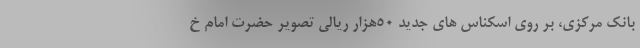
بانک مرکزی، بر روی اسکناس های جدید 50هزار ریالی تصویر حضرت امام خ